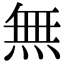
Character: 無